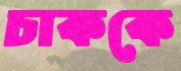
চাককে